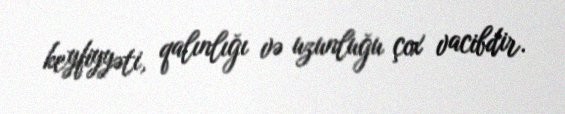
keyfiyyəti, qalınlığı və uzunluğu çox vacibdir.